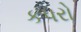
કપરો